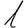
Digit: 1